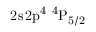
\mathrm { 2 s \, 2 p ^ { 4 } ~ ^ { 4 } P _ { 5 / 2 } }